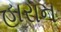
હારાન